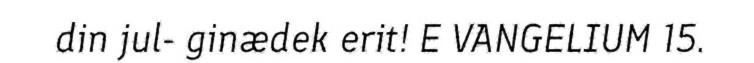
din jul- ginædek erit! E VANGELIUM 15.